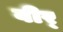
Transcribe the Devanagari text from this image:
वीर्